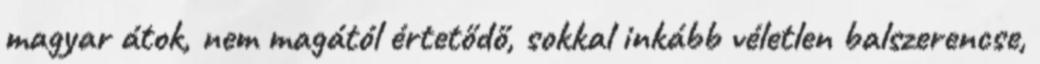
magyar átok, nem magától értetődő, sokkal inkább véletlen balszerencse,